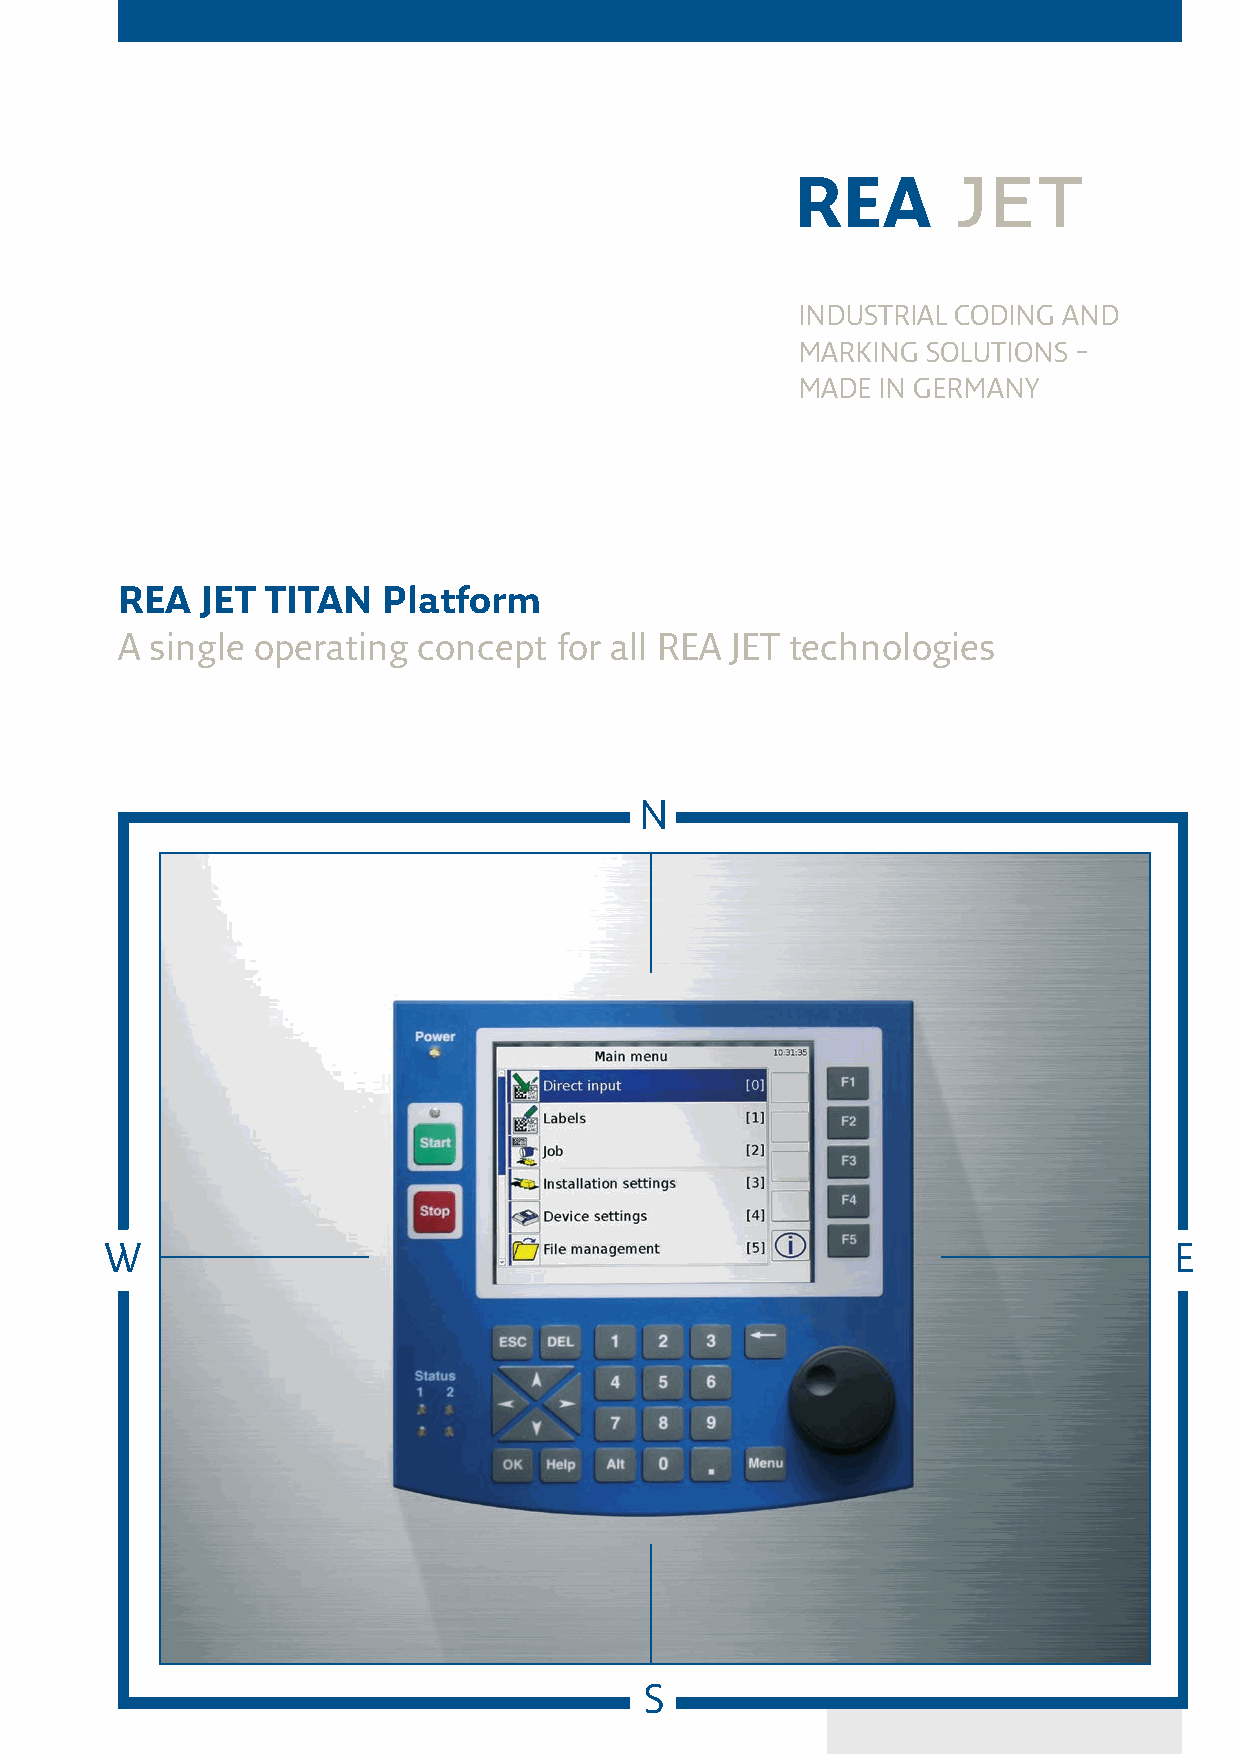
INDUSTRIAL CODING AND
 MARKING SOLUTIONS –
 MADE IN GERMANY
 REA  JET  TITAN  Platform
 A single operating  concept  for all REA JET technologies
 N
 W                                                                      E
 S
 .egnahc
 ot
 tcejbuS
 -
 91/70.V